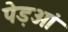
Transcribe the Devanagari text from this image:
पेड़ओं